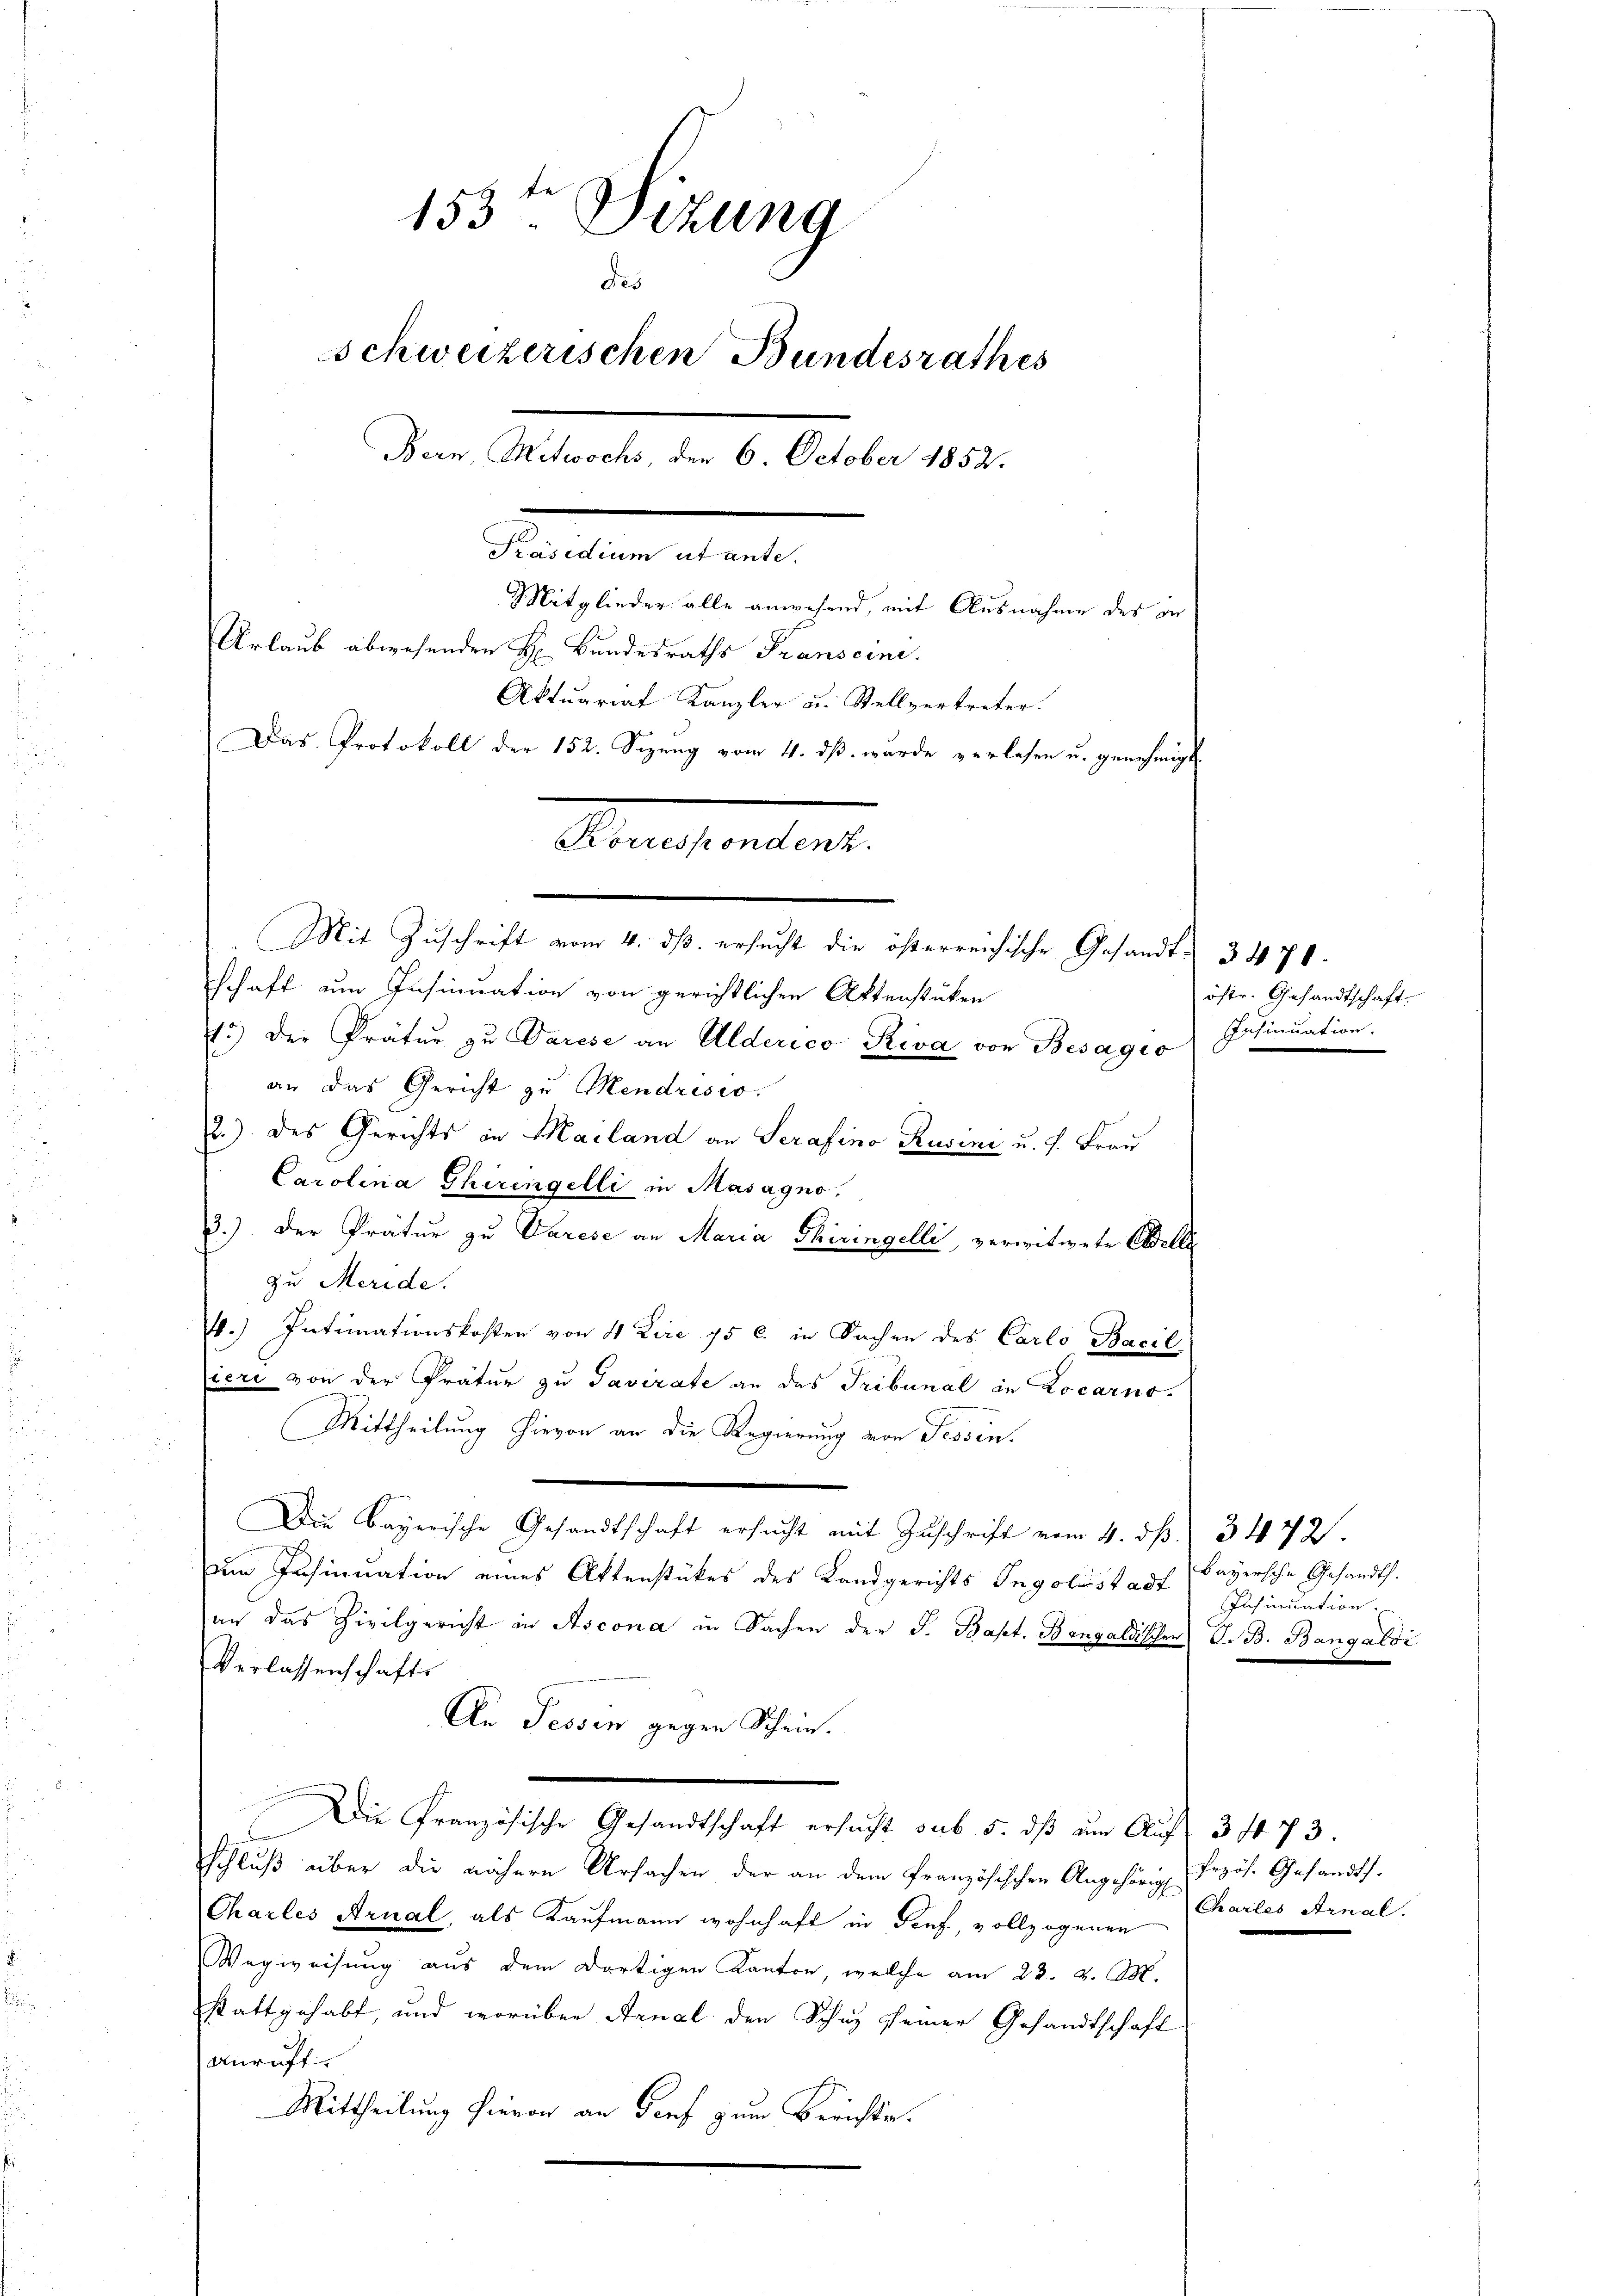
153ten Sizung
des
Schweizerischen Bundesrathes
Bern, Mitwochs, den 6. October 1852.
5
Präsidium ut ante.
Mitglieder alle anwesend, mit Ausnahme des in
Urlaub abwesenden H. Bundesraths Transeine.
Aktuariat Kanzler u. Stellvertreter.
Das Protokoll der 152. Sizung vom 4. dß wurde verlesen u. genehmigt.
Praesentiunt.

Mit Zuschrift vom 4. ds. ersucht die österreichische Gesandt - 3470.
schaft um Insinuation von gerichtlichen Aktenstücken
1.) Der Prätur zu Parise an Alderico Riva von Besagio
an das Gericht zu Mendrisio
2.) des Gerichts in Mailand an Serafino Rusine u. f. Frau
Carolina Ghiringelli in Masagno.
3.) Der Pratur zu Varese an Maria Thiringelli, verwitwete Celle
zu Meride.
4.) Intimationskoster von 4 Lire 75 c. in Sachen des Carlo Basil
ieri von der Prätur zu Pavirate an das Tribunal in Locarno.
Mittheilung hievon an die Regierung von Tessin.
Die Bayerische Gesandtschaft ersucht mit Zuschrift vom 4. dß. 3472.
dem Insinuation eines Aktenstückes des Landgerichts Ingolstadt (Bayersche Gesandts.
an das Zivilgericht in Ascona in Sachen der J. Bapt. Bangaldischer V. B. Bangaloi
Verlassenschafts
An Tessin gegen Schein.
Die Französische Gesandtschaft ersucht sub 5. dβ am Aŭf 3 473.
schluß über die nähere Ursachen der an dem französischen Angehörig bezös. Gesandts.
Charles Arnal, als Kaufmann wohnhaft in Genf, vollzogenen
Wegweisung aus dem dortigen Kanton, welche am 23. d. M.
stattgehabt, und worüber Arnal den Schuz seiner Gesandtschaft
Anruft.
Mittheilung hievon an Genf zum Berichte.

öfte. Gesandtschaft.
Pesinuation.

Insinuation.

Chartes Arnal.